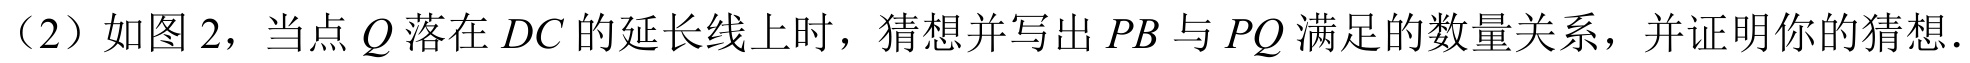
（2）如图 2，当点 \(Q\) 落在 \(DC\) 的延长线上时，猜想并写出 \(PB\) 与 \(PQ\) 满足的数量关系，并证明你的猜想.